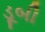
ડૂબી